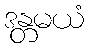
ဒန္တမယံ